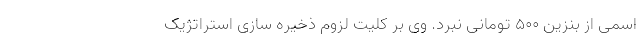
اسمی از بنزین ۵۰۰ تومانی نبرد. وی بر کلیت لزوم ذخیره سازی استراتژیک